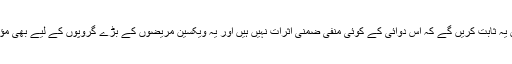
ہم تیسرے مرحلے میں یہ ثابت کریں گے کہ اس دوائی کے کوئی منفی ضمنی اثرات نہیں ہیں اور یہ ویکسین مریضوں کے بڑے گروپوں کے لیے بھی مؤثر ثابت ہو سکتی ہے۔